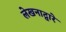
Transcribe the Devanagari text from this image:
लेखनाद्वारे